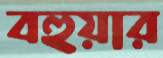
বহুয়ার